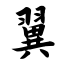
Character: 翼